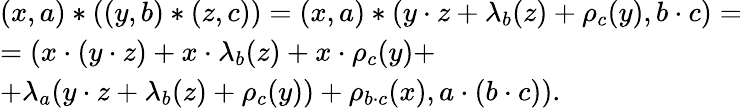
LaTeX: \begin{array}{l}{(x,a)*((y,b)*(z,c))=(x,a)*(y\cdot z+\lambda_{b}(z)+\rho_{c}(y),b\cdot c)=}\\ {=(x\cdot(y\cdot z)+x\cdot\lambda_{b}(z)+x\cdot\rho_{c}(y)+}\\ {+\lambda_{a}(y\cdot z+\lambda_{b}(z)+\rho_{c}(y))+\rho_{b\cdot c}(x),a\cdot(b\cdot c)).}\end{array}